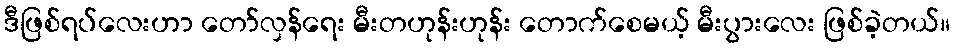
ဒီဖြစ်ရပ်လေးဟာ တော်လှန်ရေး မီးတဟုန်းဟုန်း တောက်စေမယ့် မီးပွားလေး ဖြစ်ခဲ့တယ်။